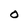
Character: O